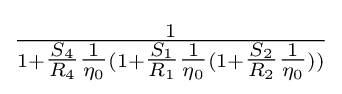
{\tfrac {1}{1+{\tfrac {S_{4}}{R_{4}}}{\tfrac {1}{\eta _{0}}}(1+{\tfrac {S_{1}}{R_{1}}}{\tfrac {1}{\eta _{0}}}(1+{\tfrac {S_{2}}{R_{2}}}{\tfrac {1}{\eta _{0}}}))}}